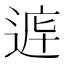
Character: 𲅞